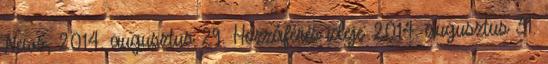
News, 2014. augusztus 29. Hozzáférés ideje: 2014. augusztus 31.